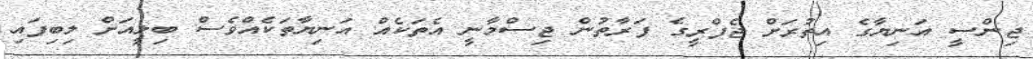
ޖިންސީ އަނިޔާގެ އިތުރަށް ޖެފްރީގެ ފަރާތުން ޖިސްމާނީ އެތަކެއް އަނިޔާތަކެއްވެސް ބިލީއަށް ލިބިފައި